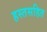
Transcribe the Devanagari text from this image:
हस्तसहित